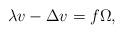
LaTeX: \begin{align*}\lambda v-\Delta v=f \Omega,\end{align*}